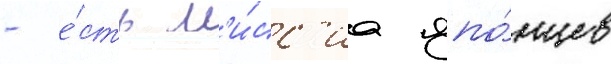
- е́сть м'и́сс'иа япо́нцев